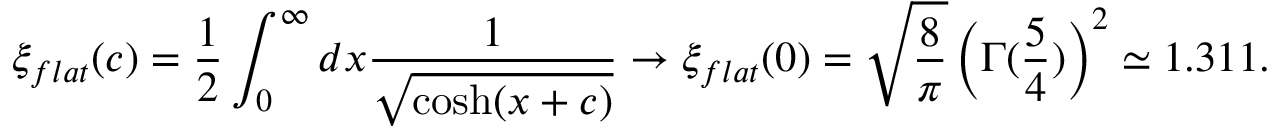
\xi _ { f l a t } ( c ) = \frac 1 2 \int _ { 0 } ^ { \infty } d x \frac { 1 } { \sqrt { \cosh ( x + c ) } } \rightarrow \xi _ { f l a t } ( 0 ) = \sqrt { \frac { 8 } { \pi } } \left( \Gamma ( \frac { 5 } { 4 } ) \right) ^ { 2 } \simeq 1 . 3 1 1 .